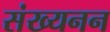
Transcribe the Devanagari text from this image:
संख्यनन